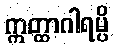
ဣတ္ထာဂါရမ္ပိ